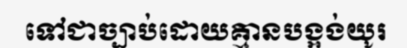
ទៅជាច្បាប់ដោយគ្មានបង្អង់យូរ